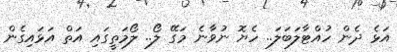
އަޅެ ދެން ހުއްޓާލަބަލަ.. ހެޔޮ ނުވާނެ މަގޭ ލޯ.. ލޯމަތީގައި އަތް އަޅައިގެން